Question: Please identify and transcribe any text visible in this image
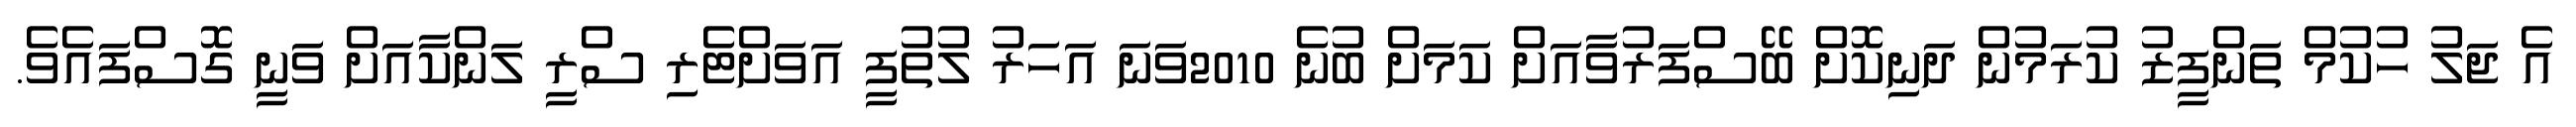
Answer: އެ ޖަލު ހުކުމް ތަންފީޒު ކުރަމުން ދަނިކޮށް ބޭސްފަރުވާއަށް ކަމަށް ބުނެ 2010ވަނަ އަހަރު ލުތުފީ އަވަށްޓެރި ސްރީ ލަންކާއަށް ވަނީ ގޮސްފައެވެ.